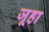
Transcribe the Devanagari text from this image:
जूहा